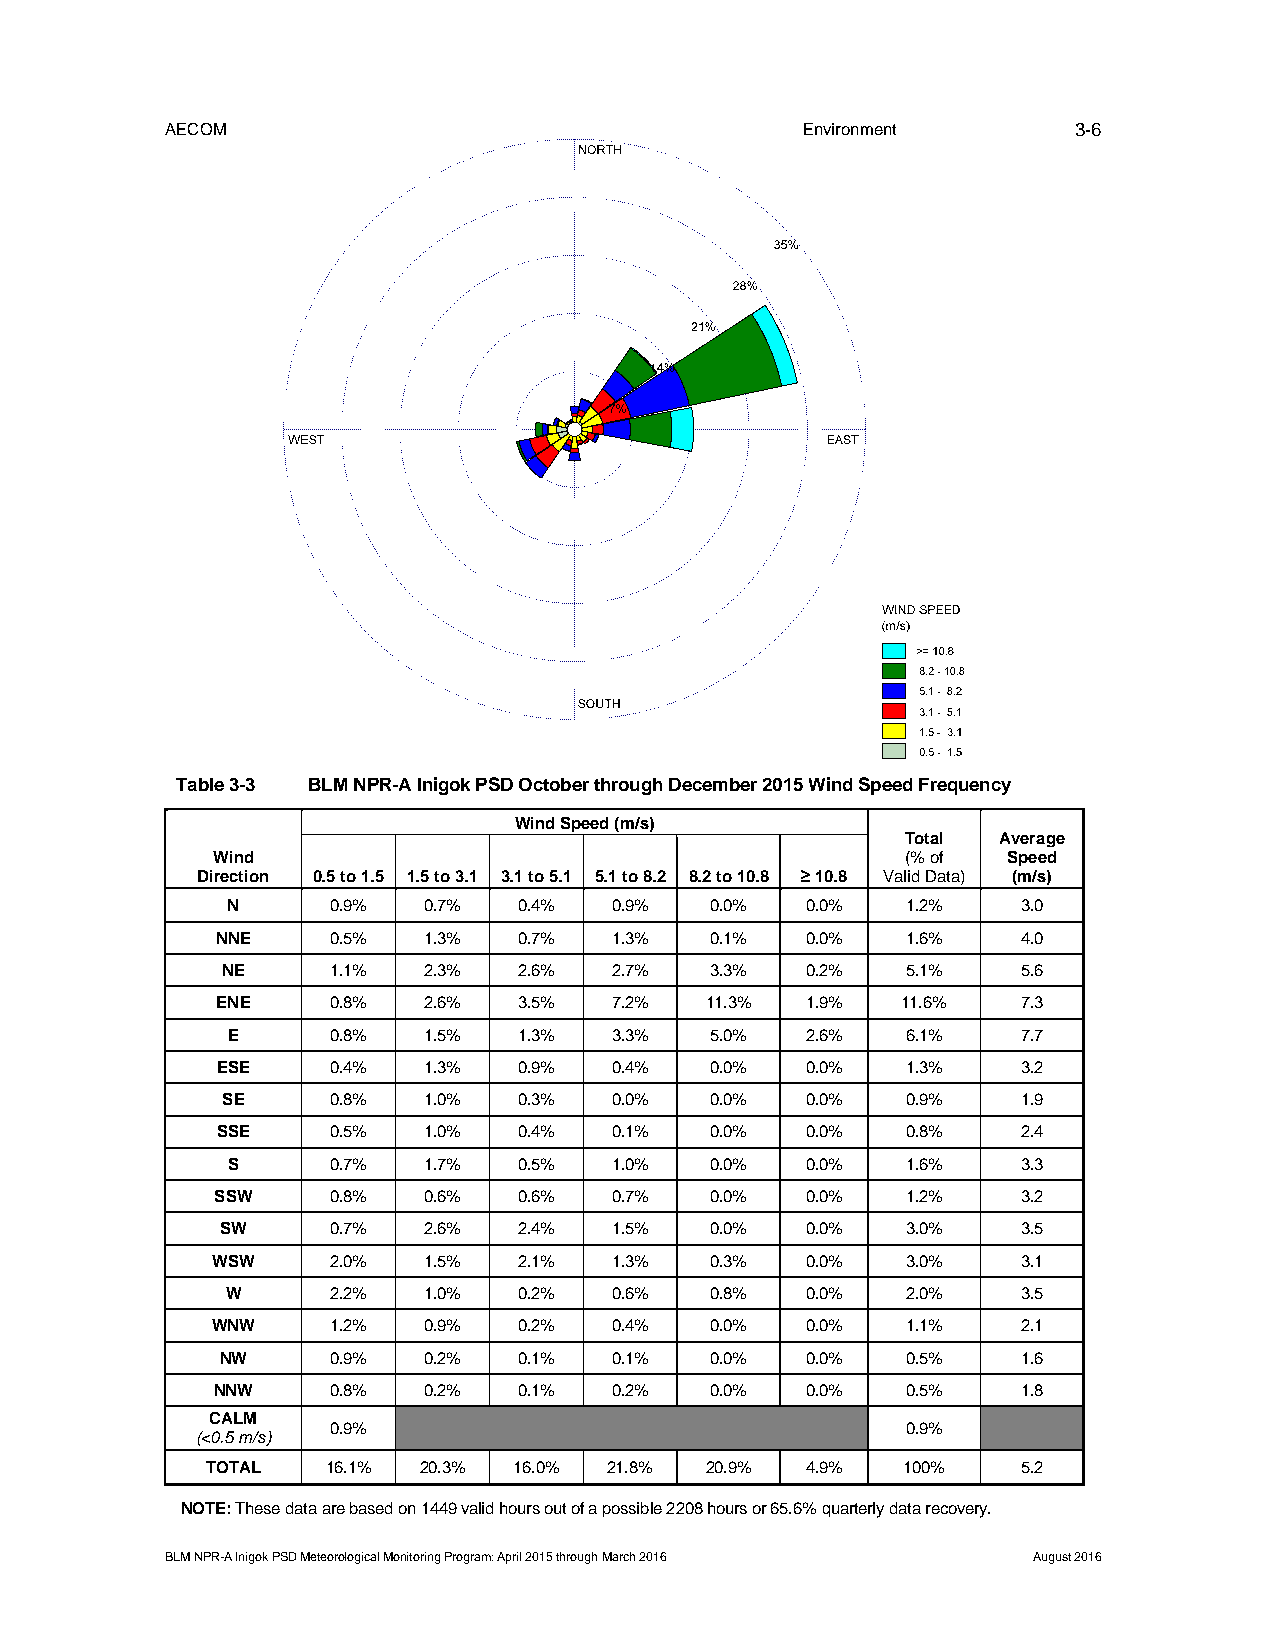
AECOM                                     Environment       3-6
 Table 3-3 BLM NPR-A Inigok PSD October through December 2015 Wind Speed Frequency
 Wind Speed (m/s)
 Total Average
 Wind                                          (% of  Speed
 Direction 0.5 to 1.5 1.5 to 3.1 3.1 to 5.1 5.1 to 8.2 8.2 to 10.8 ≥ 10.8 Valid Data) (m/s)
 N      0.9%  0.7%  0.4%   0.9%  0.0%  0.0%   1.2%    3.0
 NNE     0.5%  1.3%  0.7%   1.3%  0.1%  0.0%   1.6%    4.0
 NE     1.1%  2.3%  2.6%   2.7%  3.3%  0.2%   5.1%    5.6
 ENE     0.8%  2.6%  3.5%   7.2%  11.3% 1.9%   11.6%   7.3
 E      0.8%  1.5%  1.3%   3.3%  5.0%  2.6%   6.1%    7.7
 ESE     0.4%  1.3%  0.9%   0.4%  0.0%  0.0%   1.3%    3.2
 SE     0.8%  1.0%  0.3%   0.0%  0.0%  0.0%   0.9%    1.9
 SSE     0.5%  1.0%  0.4%   0.1%  0.0%  0.0%   0.8%    2.4
 S      0.7%  1.7%  0.5%   1.0%  0.0%  0.0%   1.6%    3.3
 SSW     0.8%  0.6%  0.6%   0.7%  0.0%  0.0%   1.2%    3.2
 SW     0.7%  2.6%  2.4%   1.5%  0.0%  0.0%   3.0%    3.5
 WSW     2.0%  1.5%  2.1%   1.3%  0.3%  0.0%   3.0%    3.1
 W      2.2%  1.0%  0.2%   0.6%  0.8%  0.0%   2.0%    3.5
 WNW     1.2%  0.9%  0.2%   0.4%  0.0%  0.0%   1.1%    2.1
 NW     0.9%  0.2%  0.1%   0.1%  0.0%  0.0%   0.5%    1.6
 NNW     0.8%  0.2%  0.1%   0.2%  0.0%  0.0%   0.5%    1.8
 CALM
 0.9%                                  0.9%
 (<0.5 m/s)
 TOTAL   16.1% 20.3% 16.0% 21.8%  20.9% 4.9%   100%    5.2
 NOTE: These data are based on 1449 valid hours out of a possible 2208 hours or 65.6% quarterly data recovery.
 BLM NPR-A Inigok PSD Meteorological Monitoring Program: April 2015 through March 2016 August 2016